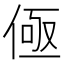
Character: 𰂟